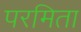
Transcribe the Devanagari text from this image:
परमिता